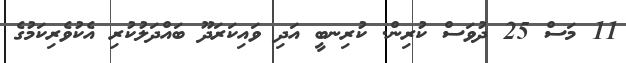
11 މަސް 25 ދުވަސް ކުރިން. ކުރިނބީ އަދި ވައިކަރަދޫ ބައްދަލުކުރި އެކުވެރިކަމުގެ